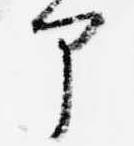
部